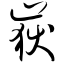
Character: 岳